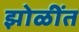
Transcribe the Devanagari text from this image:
झोळींत